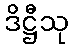
ဒိဋ္ဌီသု